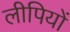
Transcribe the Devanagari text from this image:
लीपियों